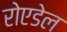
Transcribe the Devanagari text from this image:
रोएडेल